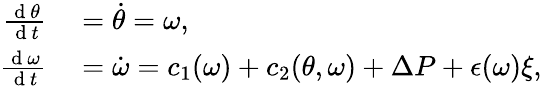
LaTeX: \begin{array}{rl}{\frac{\mathrm{~d~}\theta}{\mathrm{~d~}t}}&{{}=\dot{\theta}=\omega,}\\ {\frac{\mathrm{~d~}\omega}{\mathrm{~d~}t}}&{{}=\dot{\omega}=c_{1}(\omega)+c_{2}(\theta,\omega)+\Delta P+\epsilon(\omega)\xi,}\end{array}